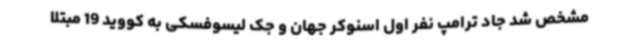
مشخص شد جاد ترامپ نفر اول اسنوکر جهان و جک لیسوفسکی به کووید 19 مبتلا